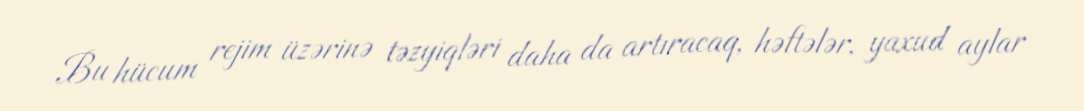
Bu hücum rejim üzərinə təzyiqləri daha da artıracaq, həftələr, yaxud aylar